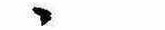
ゝ